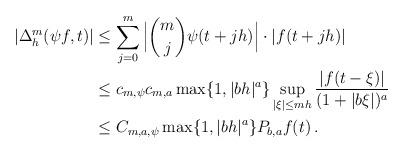
LaTeX: \begin{align*} |\Delta_h^{m}(\psi f,t)| &\leq \sum\limits_{j=0}^m\Big|\binom{m}{j}\psi(t+jh)\Big|\cdot |f(t + jh)|\\ &\leq c_{m,\psi}c_{m,a}\max\{1,|bh|^a\}\sup\limits_{|\xi|\leq mh}\frac{|f(t-\xi)|}{(1+|b\xi|)^a}\\ &\leq C_{m,a,\psi}\max\{1,|bh|^a\}P_{b,a}f(t)\,.\end{align*}